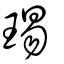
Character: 㻛